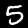
Label: 5